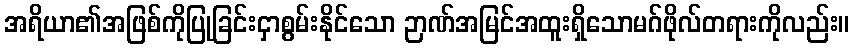
အရိယာ၏အဖြစ်ကိုပြုခြင်းငှာစွမ်းနိုင်သော ဉာဏ်အမြင်အထူးရှိသောမဂ်ဖိုလ်တရားကိုလည်း။